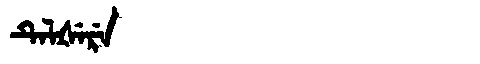
Manchu: ᡨᡝᠯᡧᡝᡵᡝ
Romanization: TELŠERE